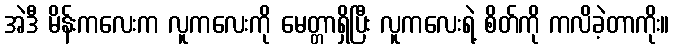
အဲဒီ မိန်းကလေးက လူကလေးကို မေတ္တာရှိပြီး လူကလေးရဲ့ စိတ်ကို ကလိခဲ့တာကိုး။